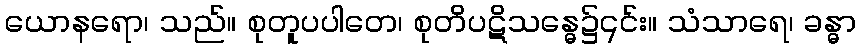
ယောနရော၊ သည်။ စုတူပပါတေ၊ စုတိပဋိသန္ဓေ၌၎င်း။ သံသာရေ၊ ခန္ဓာ